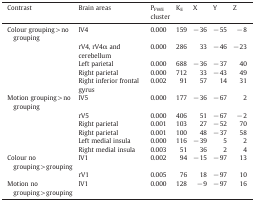
<table><thead><tr><td><b>Contrast</b></td><td><b>Brain areas</b></td><td><b>P<sub>FWE</sub> cluster</b></td><td><b>K<sub>E</sub></b></td><td><b>X</b></td><td><b>Y</b></td><td><b>Z</b></td></tr></thead><tbody><tr><td>Colour grouping &gt; no grouping</td><td>lV4</td><td>0.000</td><td>159</td><td>− 36</td><td>− 55</td><td>− 8</td></tr><tr><td></td><td>rV4, rV4α and cerebellum</td><td>0.000</td><td>286</td><td>33</td><td>− 46</td><td>− 23</td></tr><tr><td></td><td>Left parietal</td><td>0.000</td><td>688</td><td>− 36</td><td>− 37</td><td>40</td></tr><tr><td></td><td>Right parietal</td><td>0.000</td><td>712</td><td>33</td><td>− 43</td><td>49</td></tr><tr><td></td><td>Right inferior frontal gyrus</td><td>0.002</td><td>91</td><td>57</td><td>14</td><td>31</td></tr><tr><td>Motion grouping &gt; no grouping</td><td>lV5</td><td>0.000</td><td>177</td><td>− 36</td><td>− 67</td><td>2</td></tr><tr><td></td><td>rV5</td><td>0.000</td><td>406</td><td>51</td><td>− 67</td><td>− 2</td></tr><tr><td></td><td>Right parietal</td><td>0.001</td><td>103</td><td>27</td><td>− 52</td><td>70</td></tr><tr><td></td><td>Right parietal</td><td>0.001</td><td>100</td><td>48</td><td>− 37</td><td>58</td></tr><tr><td></td><td>Left medial insula</td><td>0.000</td><td>116</td><td>− 39</td><td>5</td><td>2</td></tr><tr><td></td><td>Right medial insula</td><td>0.003</td><td>51</td><td>36</td><td>2</td><td>4</td></tr><tr><td>Colour no grouping &gt; grouping</td><td>lV1</td><td>0.002</td><td>94</td><td>− 15</td><td>− 97</td><td>13</td></tr><tr><td></td><td>rV1</td><td>0.005</td><td>76</td><td>18</td><td>− 97</td><td>10</td></tr><tr><td>Motion no grouping &gt; grouping</td><td>lV1</td><td>0.000</td><td>128</td><td>− 9</td><td>− 97</td><td>16</td></tr></tbody></table>